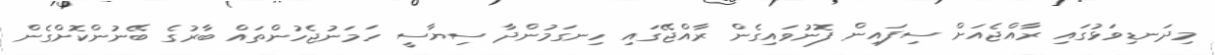
މިދަނޑިވަޅުގައި ރާއްޖެއަށް ސިފައިން ފޮނުވައިގެން ރާއްޖޭގައި ހިނގަމުންދާ ސިޔާސީ ހަމަނުޖެހުންތައް ބާރުގެ ބޭނުންކޮށްގެން